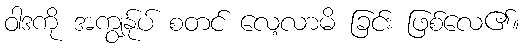
ဝါဒကို အကျွန်ုပ် စတင် လေ့လာမိ ခြင်း ဖြစ်လေ၏။